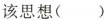
该思想()